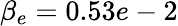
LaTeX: \beta_{e}=0.53e-2